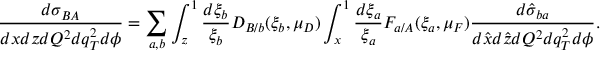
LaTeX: \frac { d \sigma _ { B A } } { d x d z d Q ^ { 2 } d q _ { T } ^ { 2 } d \phi } = \sum _ { a , b } \int _ { z } ^ { 1 } \frac { d \xi _ { b } } { \xi _ { b } } D _ { B / b } ( \xi _ { b } , \mu _ { D } ) \int _ { x } ^ { 1 } \frac { d \xi _ { a } } { \xi _ { a } } F _ { a / A } ( \xi _ { a } , \mu _ { F } ) \frac { d \hat { \sigma } _ { b a } } { d \hat { x } d \hat { z } d Q ^ { 2 } d q _ { T } ^ { 2 } d \phi } .